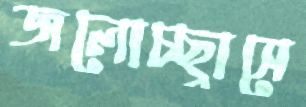
জলোচ্ছ্বাসে